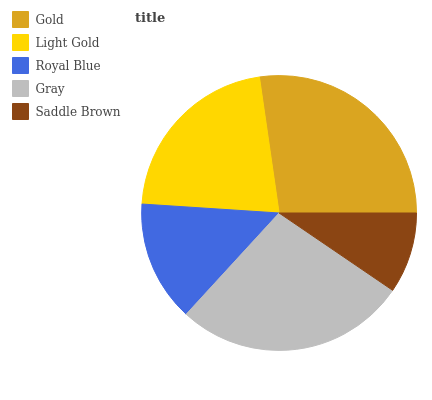
| Gold | Light Gold | Royal Blue | Gray | Saddle Brown |
 | --- | --- | --- | --- | --- |
 | 27.2% | 21.6% | 14.2% | 27.4% | 9.52% |